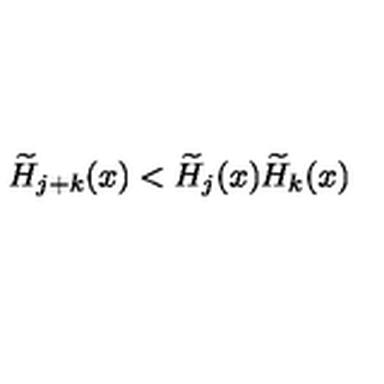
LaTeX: \widetilde { H } _ { j + k } ( x ) < \widetilde { H } _ { j } ( x ) \widetilde { H } _ { k } ( x )